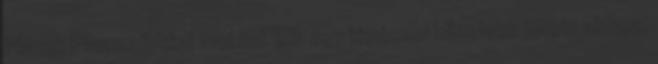
Planck Plazmafizikai Intézet IPP egy lépéssel közelebb jutott ahhoz,